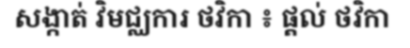
សង្កាត់ វិមជ្ឈការ ថវិកា ៖ ផ្តល់ ថវិកា